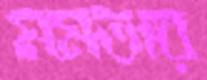
মমতার